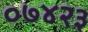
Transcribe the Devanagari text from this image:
०७४२३